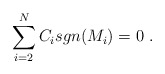
\begin{align*}\sum_{i=2}^{N}C_i sgn(M_i)=0\ . \end{align*}